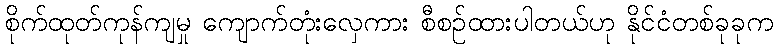
စိုက်ထုတ်ကုန်ကျမှု ကျောက်တုံးလှေကား စီစဉ်ထားပါတယ်ဟု နိုင်ငံတစ်ခုခုက